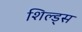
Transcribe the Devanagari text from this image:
शिल्ड्स